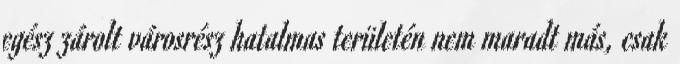
egész zárolt városrész hatalmas területén nem maradt más, csak